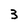
Character: 3